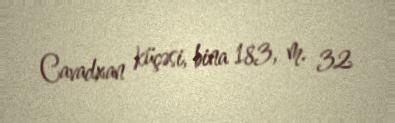
Cavadxan küçəsi, bina 183, m. 32